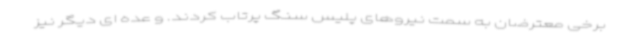
برخی معترضان به سمت نیروهای پلیس سنگ پرتاب کردند. و عده ای دیگر نیز